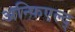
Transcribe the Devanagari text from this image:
अन्फिएल्द्